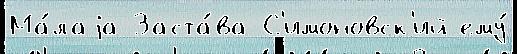
Ма́лаjа Заста́ва С'имоновск'ий ему́